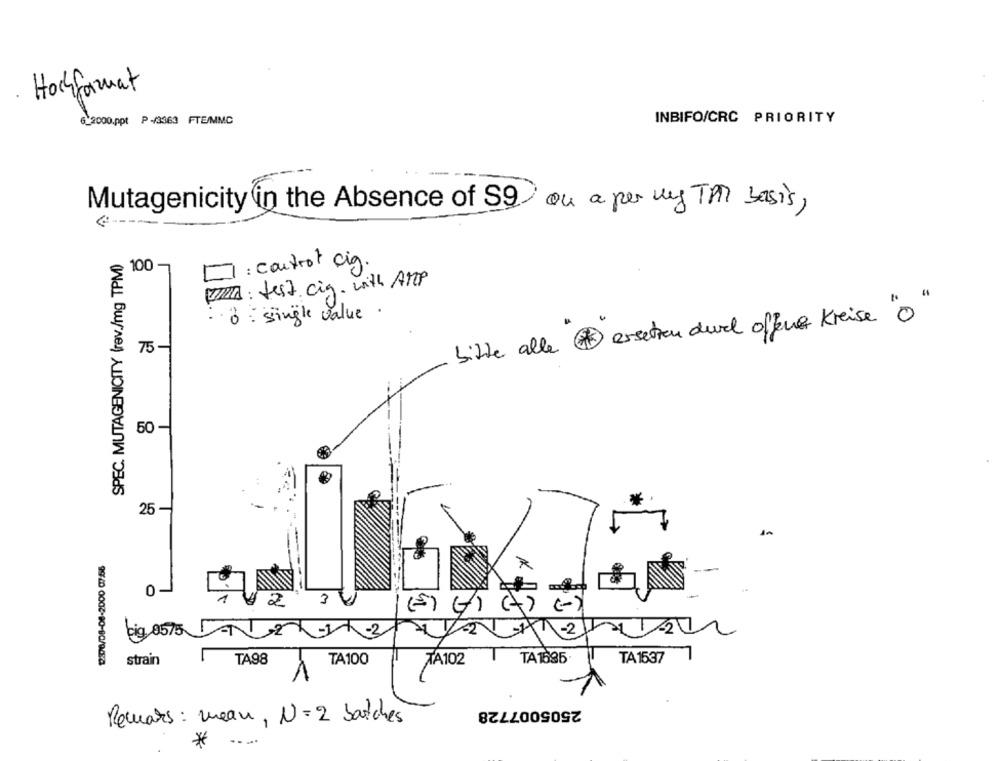
Hochformat
6_2000.ppt P -3363 FTE/MMC
INBIFO/CRC PRIORITY
Mutagenicity in the Absence of S2 ou a per my TAM basis,
SPEC. MUTAGENICITY (rev./mg TPM)
100
DI : control cig.
PIZZA : Jest cig. with AMP
:: : single value.
bitte alle # ersetzen duvel offene Kreise " o"
75-
50 -
25 -
0
2
(E) GI ()
-2
big 8575 DAN
99:40 0002-80-80/9/58
strain
TA98
TA100
TA102
TA1635
TA1537
2505007728
Remars : mean, N=2 batches
*